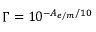
\Gamma = 1 0 ^ { - A _ { e / m } / 1 0 }